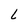
Character: l